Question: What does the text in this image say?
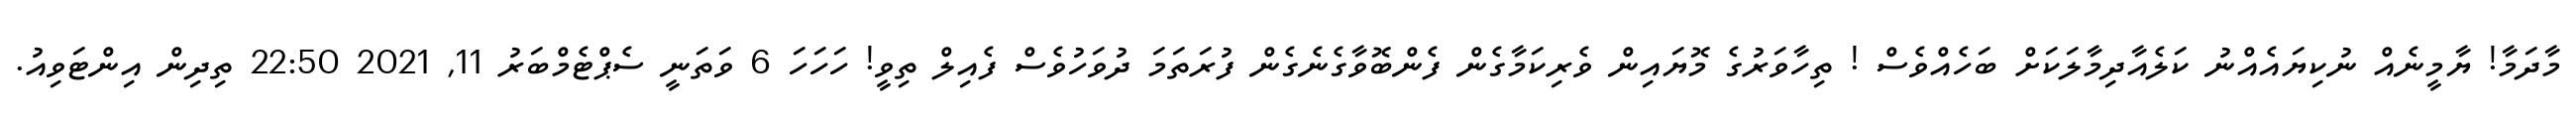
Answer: މާދަމާ! ޔާމީނެއް ނުކިޔައެއްނު ކަލެއާދިމާލަކަށް ބަހެއްވެސް ! ތިހާވަރުގެ މޮޔައިން ވެރިކަމާގެން ފެންބޮވާގެނެގެން ފުރަތަމަ ދުވަހުވެސް ފެއިލް ތިވީ! ހަހަހަ 6 ވަތަނީ ސެޕްޓެމްބަރު 11, 2021 22:50 ތިދިން އިންޓަވިއު.